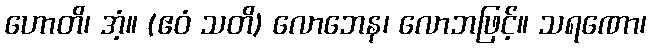
ဟောတိ၊ အံ့။ (ဧဝံ သတိ) လောဘေန၊ လောဘဖြင့်။ သရဏော၊